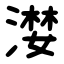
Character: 漤